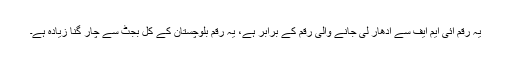
یہ رقم آئی ایم ایف سے ادھار لی جانے والی رقم کے برابر ہے، یہ رقم بلوچستان کے کل بجٹ سے چار گنا زیادہ ہے۔